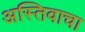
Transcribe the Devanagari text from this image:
अस्तिवाचा